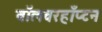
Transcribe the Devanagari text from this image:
वॉलवरहाँप्टन